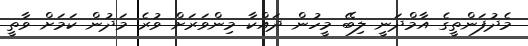
މެދުފަންތީގެ އާމްދަނީ ލިބޭ މީހުން ދައްކާ މިންވަރަށް ވުރެ މަދުން ކަމަށް ވާތީ